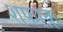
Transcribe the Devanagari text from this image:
शफाक़